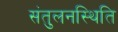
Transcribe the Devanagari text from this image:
संतुलनस्थिति